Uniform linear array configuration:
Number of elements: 64
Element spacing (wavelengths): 0.75
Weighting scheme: hamming
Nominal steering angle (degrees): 30
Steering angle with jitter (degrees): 31.718
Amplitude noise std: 0.05
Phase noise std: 0.05

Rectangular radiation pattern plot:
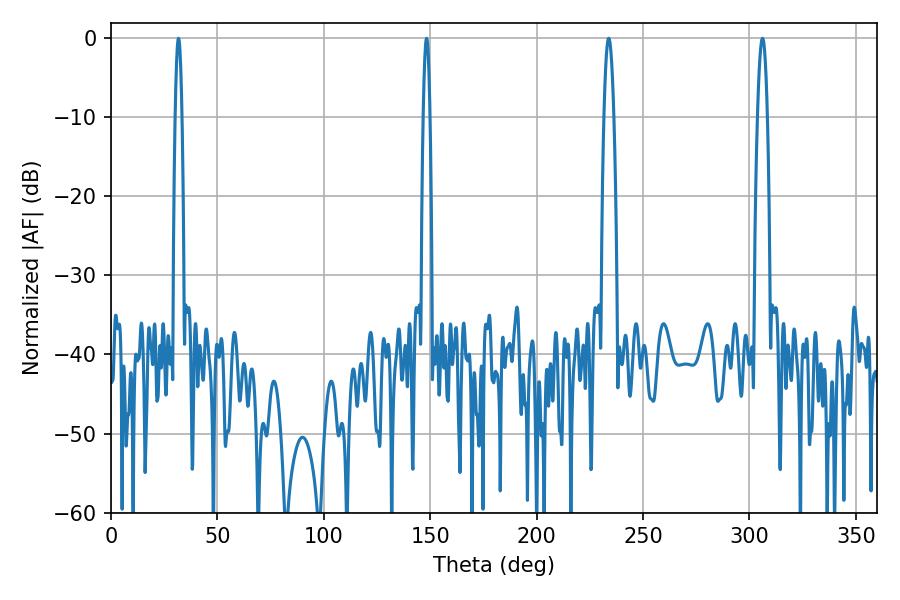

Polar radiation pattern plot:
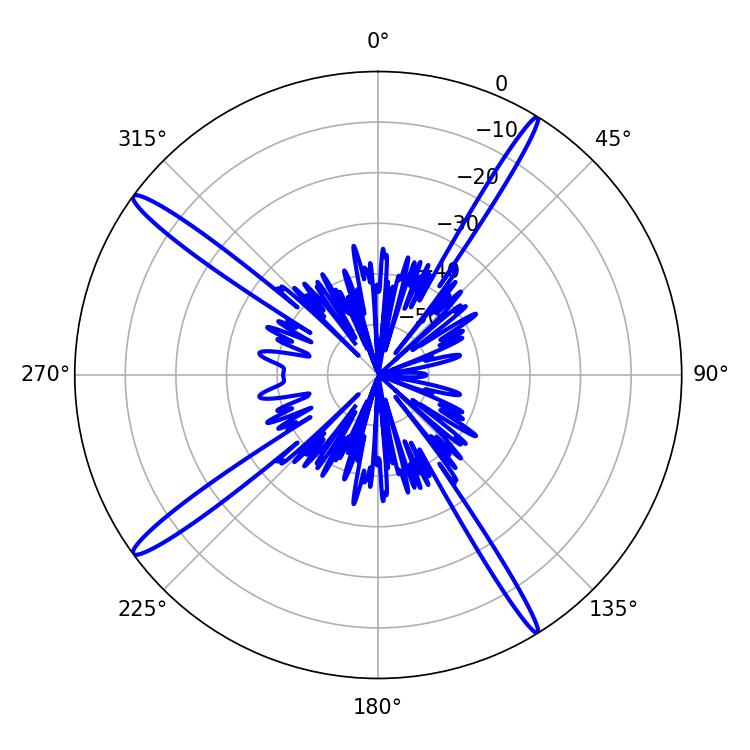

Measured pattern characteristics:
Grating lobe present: TRUE
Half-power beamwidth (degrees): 2.52
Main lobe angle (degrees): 233.82